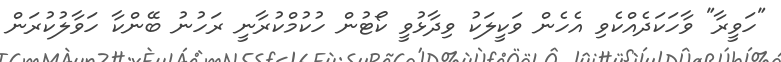
"ހަވީރާ" ވާހަކަދެއްކެވި އެހެން ވަކީލަކު ވިދާޅުވީ ކޯޓުން ހުކުމްކުރާނީ ރަހުނު ބޭންކާ ހަވާލުކުރަން